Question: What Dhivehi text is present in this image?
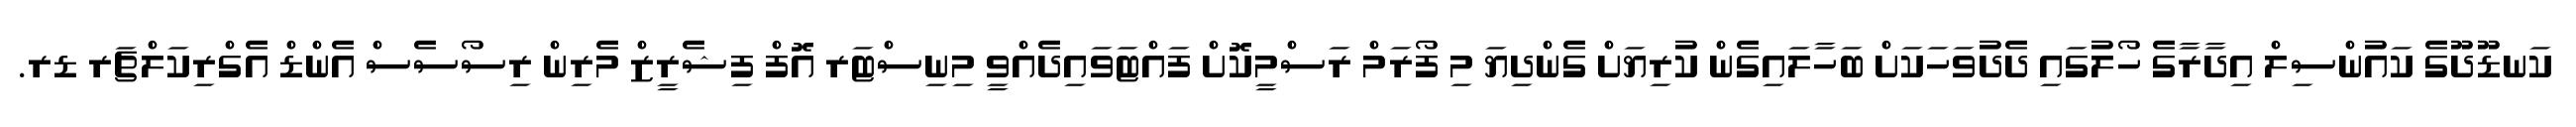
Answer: ކަނޑޫދޫގެ ކައުންސިލް އިދާރާގެ ހޯލުގައި ދެދުވަހަކަށް ބަހާލައިގެން ކުރިޔަށް ގެންދިޔަ މި ފޯރަމް ރަސްމީކޮށް ފައްޓަވައިދެއްވީ މިނިސްޓަރ އޮފް ފިޝެރީޒް މެރިން ރިސޯސެސް އެންޑް އެގްރިކަލްޗަރ ޑރ.